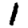
Digit: 1